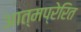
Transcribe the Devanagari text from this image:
आत्मप्रेरित